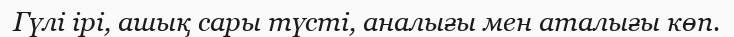
Гүлі ірі, ашық сары түсті, аналығы мен аталығы көп.